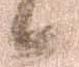
候